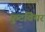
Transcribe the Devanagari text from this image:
फ़ुटवियर